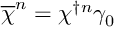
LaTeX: \overline { { { \chi } } } ^ { n } = \chi ^ { \dagger n } \gamma _ { 0 }